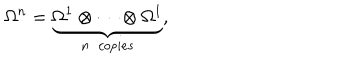
LaTeX: \Omega ^ { n } = \underbrace { \Omega ^ { 1 } \otimes \cdots \otimes \Omega ^ { 1 } } _ { n \ \ c o p i e s } ,